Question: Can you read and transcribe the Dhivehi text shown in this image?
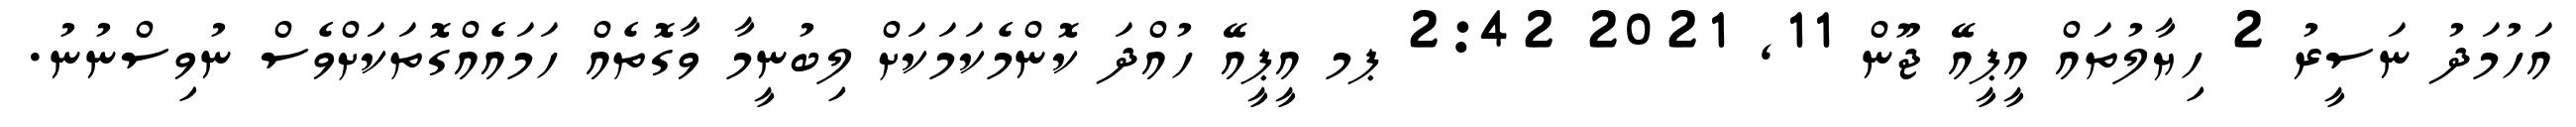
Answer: އަހުމަދު ނަސީރު 2 ހިޔާލުތައް އީޕީއޭ ޖޫން 11, 2021 2:42 ޕމ އީޕީއޭ ހުއްދަ ކޮންމެކަމަކަށް ލިބުނީމާ ވާގޮތެއް ހަމައެއްގޮތަކަށްވެސް ނުވިސްނުނު.